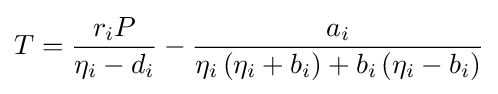
T={\frac {r_{i}P}{\eta _{i}-d_{i}}}-{\frac {a_{i}}{\eta _{i}\left(\eta _{i}+b_{i}\right)+b_{i}\left(\eta _{i}-b_{i}\right)}}